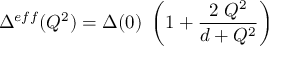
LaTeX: \Delta ^ { e f f } ( Q ^ { 2 } ) = \Delta ( 0 ) ~ \left( 1 + \frac { 2 ~ Q ^ { 2 } } { d + Q ^ { 2 } } \right)